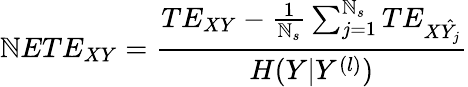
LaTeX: \mathbb{N}ETE_{XY}=\frac{{TE_{XY}-\frac{{1}}{{\mathbb{N}_{s}}}\sum_{j=1}^{\mathbb{N}_{s}}TE_{X\hat{{Y_{j}}}}}}{{H(Y|Y^{(l)})}}